Annual administration report of the Civil Veterinary Department of India - 1892-1893
Year: 1892
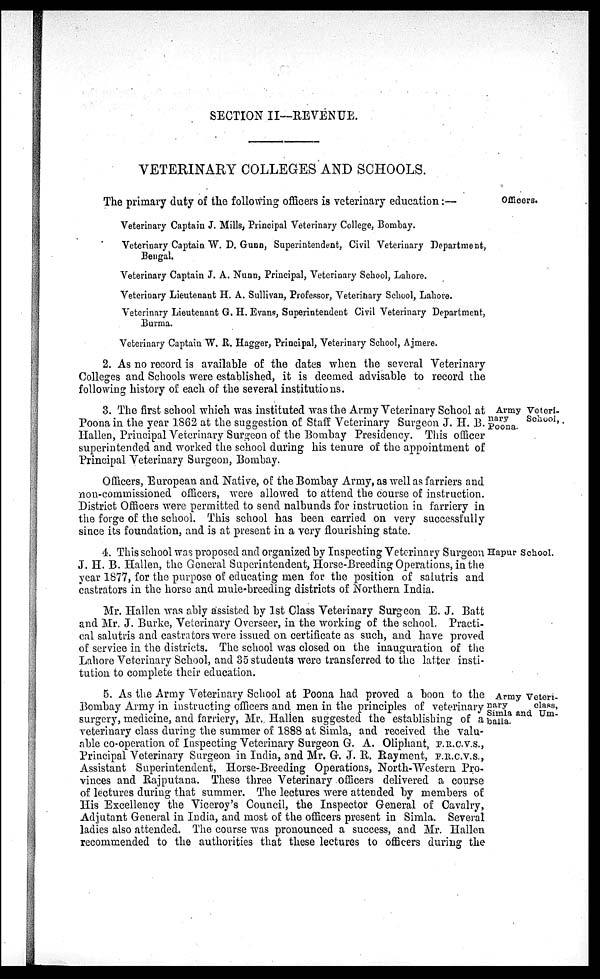
SECTION II—REVENUE.
VETERINARY COLLEGES AND SCHOOLS.
Officers.
The primary duty of the following officers is veterinary education:—
Veterinary Captain J. Mills, Principal Veterinary College, Bombay.
Veterinary Captain W. D. Gunn, Superintendent, Civil Veterinary Department,
Bengal.
Veterinary Captain J. A. Nunn, Principal, Veterinary School, Lahore.
Veterinary Lieutenant H. A. Sullivan, Professor, Veterinary School, Lahore.
Veterinary Lieutenant G. H. Evans, Superintendent Civil Veterinary Department,
Burma.
Veterinary Captain W. R. Hagger, Principal, Veterinary School, Ajmere.
2. As no record is available of the dates when the several Veterinary
Colleges and Schools were established, it is deemed advisable to record the
following history of each of the several institutions.
Army Veteri-
nary
School,
Poona.
3. The first school which was instituted was the Army Veterinary School at
Poona in the year 1862 at the suggestion of Staff Veterinary Surgeon J. H. B.
Hallen, Principal Veterinary Surgeon of the Bombay Presidency. This officer
superintended and worked the school during his tenure of the appointment of
Principal Veterinary Surgeon, Bombay.
Officers, European and Native, of the Bombay Army, as well as farriers and
non-commissioned officers, were allowed to attend the course of instruction.
District Officers were permitted to send nalbunds for instruction in farriery in
the forge of the school. This school has been carried on very successfully
since its foundation, and is at present in a very flourishing state.
Hapur School.
4. This school was proposed and organized by Inspecting Veterinary Surgeon
J. H. B. Hallen, the General Superintendent, Horse-Breeding Operations, in the
year 1877, for the purpose of educating men for the position of salutris and
castrators in the horse and mule-breeding districts of Northern India.
Mr. Hallen was ably assisted by 1st Class Veterinary Surgeon E. J. Batt
and Mr. J. Burke, Veterinary Overseer, in the working of the school. Practi-
cal salutris and castrators were issued on certificate as such, and have proved
of service in the districts. The school was closed on the inauguration of the
Lahore Veterinary School, and 35 students were transferred to the latter insti-
tution to complete their education.
Army Veteri-
nary
class,
Simla and Um-
balla.
5. As the Army Veterinary School at Poona had proved a boon to the
Bombay Army in instructing officers and men in the principles of veterinary
surgery, medicine, and farriery, Mr. Hallen suggested the establishing of a J
veterinary class during the summer of 1888 at Simla, and received the valu-
able co-operation of Inspecting Veterinary Surgeon G. A. Oliphant, F.R.C.V.S.,
Principal Veterinary Surgeon in India, and Mr. G. J. R. Rayment, F.R.C.V.S.,
Assistant Superintendent, Horse-Breeding Operations, North-Western Pro-
vinces and Rajputana. These three Veterinary officers delivered a course
of lectures during that summer. The lectures were attended by members of
His Excellency the Viceroy's Council, the Inspector General of Cavalry,
Adjutant General in India, and most of the officers present in Simla. Several
ladies also attended. The course was pronounced a success, and Mr. Hallen
recommended to the authorities that these lectures to officers during the